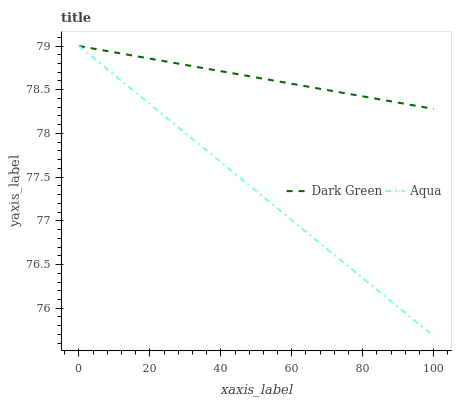
| xaxis_label | Dark Green | Aqua |
 | --- | --- | --- |
 | 0 | 79 | 79 |
 | 16.7 | 78.9 | 78.4 |
 | 33.3 | 78.8 | 77.9 |
 | 50 | 78.6 | 77.3 |
 | 66.7 | 78.5 | 76.8 |
 | 83.3 | 78.4 | 76.2 |
 | 100 | 78.3 | 75.7 |